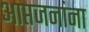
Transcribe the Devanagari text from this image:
आप्तजनांना